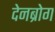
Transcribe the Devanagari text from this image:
देनब्रोग